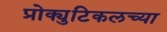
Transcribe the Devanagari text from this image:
प्रोक्युटिकलच्या